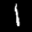
Label: 1